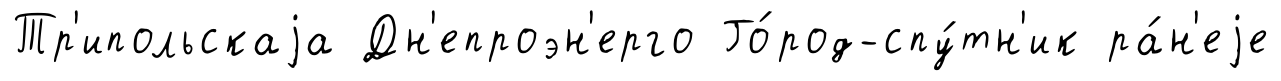
Тр'ипольскаjа Дн'епроэн'ерго Го́род-спу́тн'ик ра́н'еjе